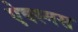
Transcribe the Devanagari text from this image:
ऐक्स्मस